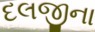
દલજીના